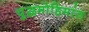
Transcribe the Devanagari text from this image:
युद्धमोहिमांत